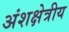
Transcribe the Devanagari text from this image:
अंशक्षेत्रीय